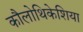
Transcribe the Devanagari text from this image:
कौलोथिकेशिया